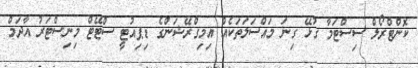
ކޮންޓްރޯލް ސިސްޓަމާ ގުޅޭ ގިނަ މައްސަލަތަކެއް އިމިގްރޭޝަންގެ ޑިޕިއުޓީ ސްޓޭޓް މިނިސްޓަރު އާދަމް